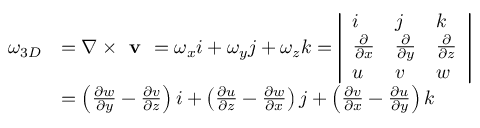
\begin{array} { r l } { \omega _ { 3 D } } & { = \nabla \times \textbf { v } = \omega _ { x } i + \omega _ { y } j + \omega _ { z } k = \left| \begin{array} { l l l } { i } & { j } & { k } \\ { \frac { \partial } { \partial x } } & { \frac { \partial } { \partial y } } & { \frac { \partial } { \partial z } } \\ { u } & { v } & { w } \end{array} \right| } \\ & { = \left( { \frac { \partial w } { \partial y } - \frac { \partial v } { \partial z } } \right) i + \left( { \frac { \partial u } { \partial z } - \frac { \partial w } { \partial x } } \right) j + \left( { \frac { \partial v } { \partial x } - \frac { \partial u } { \partial y } } \right) k } \end{array}